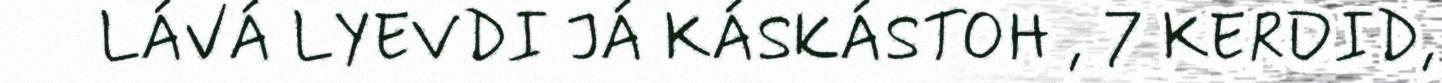
LÁVÁ LYEVDI JÁ KÁSKÁSTOH , 7 KERDID,